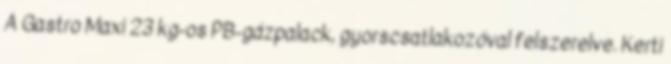
A ​Gastro Maxi 23 kg-os PB-gázpalack, gyorscsatlakozóval felszerelve. Kerti